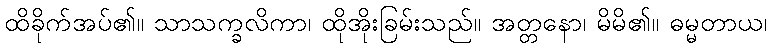
ထိခိုက်အပ်၏။ သာသက္ခလိကာ၊ ထိုအိုးခြမ်းသည်။ အတ္တနော၊ မိမိ၏။ ဓမ္မတာယ၊